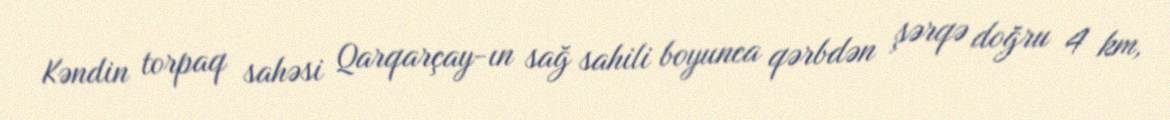
Kəndin torpaq sahəsi Qarqarçay-ın sağ sahili boyunca qərbdən şərqə doğru 4 km,